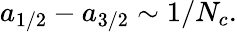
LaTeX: a_{1/2}-a_{3/2}\sim 1/N_{c}.